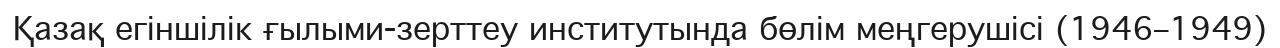
Қазақ егіншілік ғылыми-зерттеу институтында бөлім меңгерушісі (1946–1949)